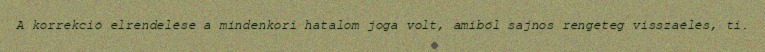
A korrekció elrendelése a mindenkori hatalom joga volt, amiből sajnos rengeteg visszaélés, ti.